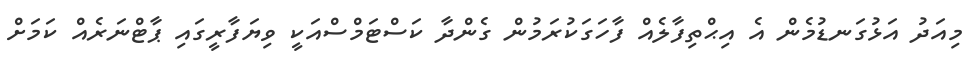
މިއަދު އަޅުގަނޑުމެން އެ އިޙްތިފާލެއް ފާހަގަކުރަމުން ގެންދާ ކަސްޓަމްސްއަކީ ވިޔަފާރީގައި ޕާޓްނަރެއް ކަމަށް